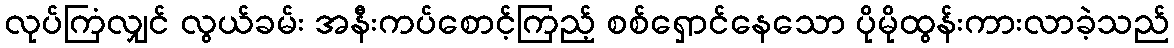
လုပ်ကြံလျှင် လွယ်ခမ်း အနီးကပ်စောင့်ကြည့် စစ်ရှောင်နေသော ပိုမိုထွန်းကားလာခဲ့သည်